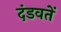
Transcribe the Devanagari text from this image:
दंडवतें